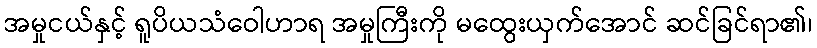
အမှုငယ်နှင့် ရူပိယသံဝေါဟာရ အမှုကြီးကို မထွေးယှက်အောင် ဆင်ခြင်ရာ၏၊